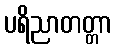
ပရိညာတတ္တာ